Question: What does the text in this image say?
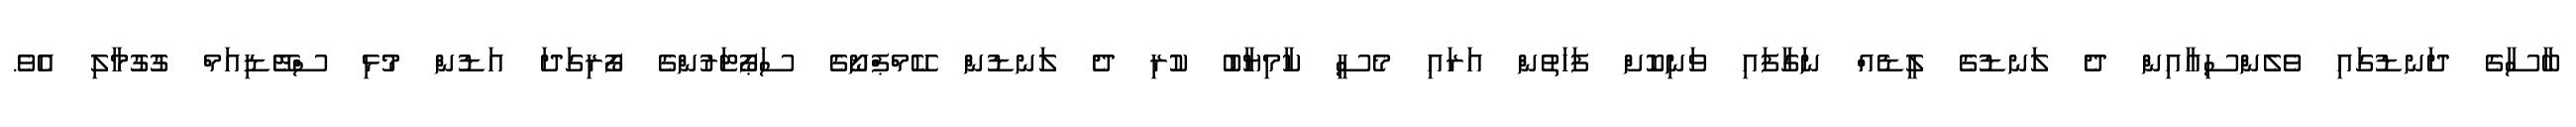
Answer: ބާސާގެ ދަނޑުގައި ވެލެންސިއާއިން ދެ ލަނޑުގެ ލީޑެއް ނަގާފައި ވަނިކޮށް ފަހަތުން އަރައި މެސީ ކާމިޔާބު ކުރި ދެ ލަނޑުން ކޭމްޕްނޯގެ ސަޕޯޓަރުންގެ ފޯރިގަދަ އަޑުން މުޅި ސްޓޭޑިއަމް ގުގުމާލި އެވެ.